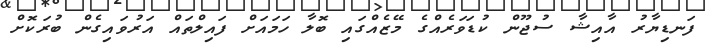
ފަނޑިޔާރު އާއިޝާ ސުޖޫން ކުޑަވަރެއްގެ މޭޒެއްގައި ބޮލާ ހަމައަށް ފައިލްތައް އަރުވައިގެން ބުރަކޮށް